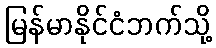
မြန်မာနိုင်ငံဘက်သို့